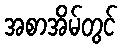
အစာအိမ်တွင်